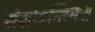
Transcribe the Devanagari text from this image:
संज्ञोऽन्तिमः॥